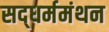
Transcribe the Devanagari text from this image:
सद्‌धर्ममंथन